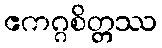
ဧကဂ္ဂစိတ္တဿ